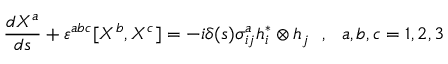
\frac { d X ^ { a } } { d s } + \varepsilon ^ { a b c } [ X ^ { b } , X ^ { c } ] = - i \delta ( s ) \sigma _ { i j } ^ { a } h _ { i } ^ { \ast } \otimes h _ { j } ~ ~ , ~ ~ a , b , c = 1 , 2 , 3